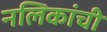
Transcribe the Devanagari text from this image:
नलिकांची